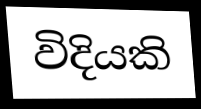
විදියකි